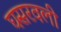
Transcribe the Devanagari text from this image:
घसरवली